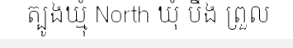
ត្បូងឃ្មុំ North ឃុំ បឹង ព្រួល